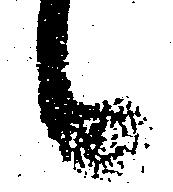
候